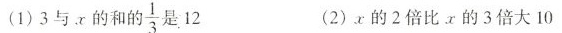
（1）3与x的和的 \frac{1}{3}是12 (2)x的2倍比x的3倍大10